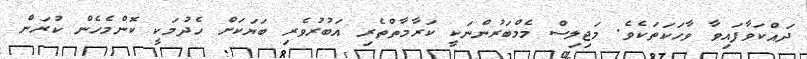
ދައްކަވާފައިވާ ވާހަަކަތަކެވެ. މަޖިލިސް މެމްބަރުންނަކީ ކަރާމާތްތެރި އަބުރުވެރި ބަޔަކަށް ހެދުމަކީ ކޮންމެހެން ކުރަން